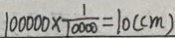
1 0 0 0 0 0 \times \frac { 1 } { 1 0 0 0 0 } = 1 0 ( c m )